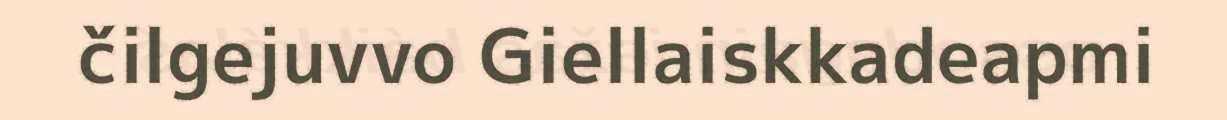
čilgejuvvo Giellaiskkadeapmi